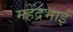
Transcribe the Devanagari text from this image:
महेंद्रभाई